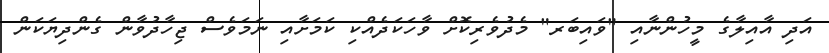
އަދި އާއިލާގެ މީހުންނާއި "ވައިބަރ" މެދުވެރިކޮށް ވާހަކަދެއްކި ކަމަށާއި ނަމަވެސް ޖިހާދުވާން ގެންދިޔަކަން